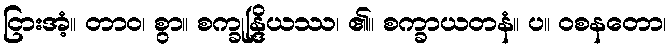
ငြားအံ့။ တာဝ၊ စွာ။ စက္ခုန္ဒြိယဿ၊ ၏။ စက္ခာယတနံ။ ပ။ ဝစနတော၊